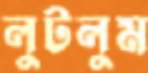
লুটলুম